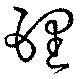
理